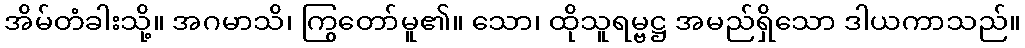
အိမ်တံခါးသို့။ အဂမာသိ၊ ကြွတော်မူ၏။ သော၊ ထိုသူရမ္ဗဋ္ဌ အမည်ရှိသော ဒါယကာသည်။